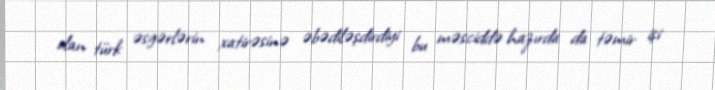
olan türk əsgərlərin xatirəsinə əbədiləşdirdiyi bu məsciddə hazırda da təmir işi